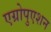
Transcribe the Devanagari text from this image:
एग्रोपुएशन